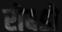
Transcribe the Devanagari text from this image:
रोबडो